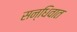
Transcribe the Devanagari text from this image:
सन्धिवात